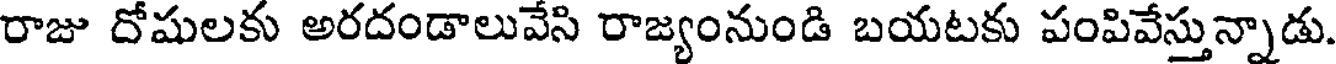
రాజు దోషులకు అరదండాలువేసి రాజ్యంనుండి బయటకు పంపివేస్తున్నాడు.